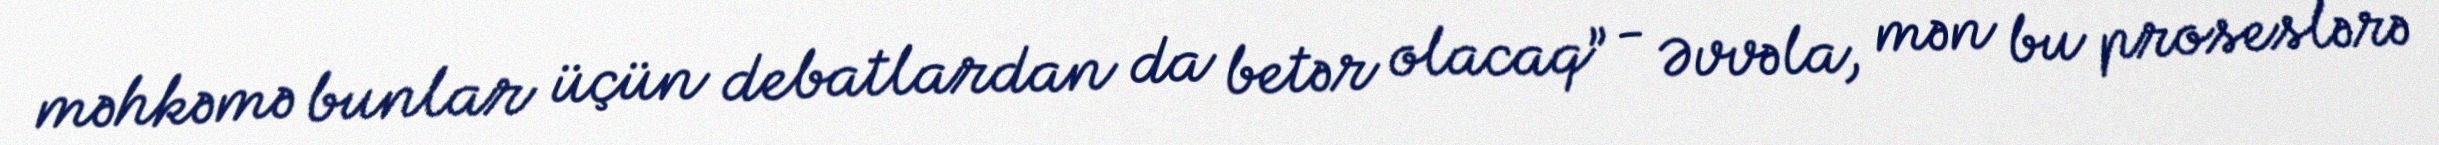
məhkəmə bunlar üçün debatlardan da betər olacaq” - Əvvəla, mən bu proseslərə